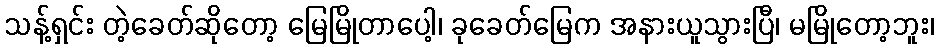
သန့်ရှင်း တဲ့ခေတ်ဆိုတော့ မြေမြိုတာပေါ့၊ ခုခေတ်မြေက အနားယူသွားပြီ၊ မမြိုတော့ဘူး၊